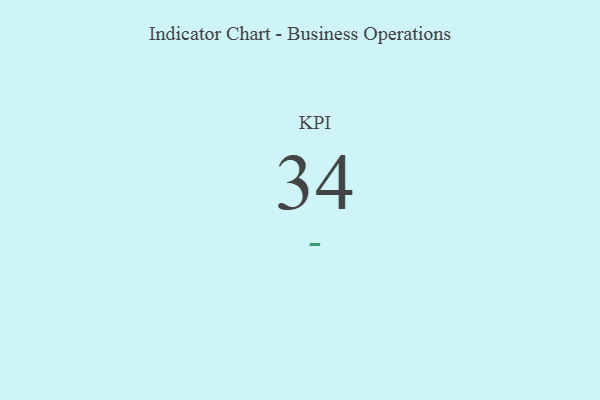
{"axis": {"x": "KPI", "y": "Value"}, "legend": [""], "data": [{"x": "KPI", "y": 34, "type": ""}]}